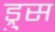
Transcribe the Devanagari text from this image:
ड्रुस